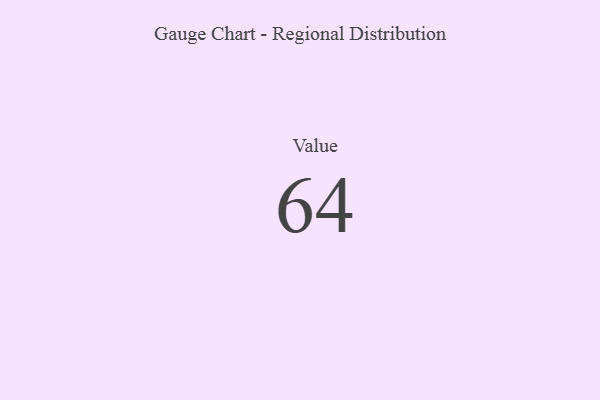
{"axis": {"x": "Metric", "y": "Value"}, "legend": [""], "data": [{"x": "Value", "y": 64, "type": ""}]}